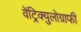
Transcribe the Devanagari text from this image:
वेंट्रिक्युलोग्राफी